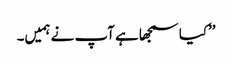
’’کیا سمجھا ہے آپ نے ہمیں۔